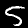
Digit: 5